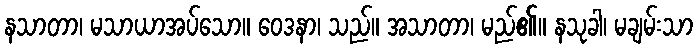
နသာတာ၊ မသာယာအပ်သော။ ဝေဒနာ၊ သည်။ အသာတာ၊ မည်၏။ နသုခါ၊ မချမ်းသာ